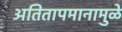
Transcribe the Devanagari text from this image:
अतितापमानामुळे